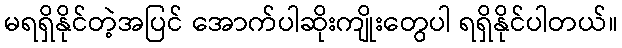
မရရှိနိုင်တဲ့အပြင် အောက်ပါဆိုးကျိုးတွေပါ ရရှိနိုင်ပါတယ်။